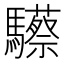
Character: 𩧇